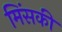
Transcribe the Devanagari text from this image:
मिंसकी